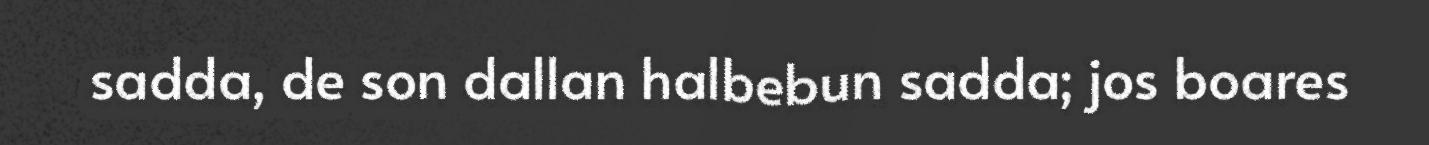
sadda, de son dallan halbebun sadda; jos boares